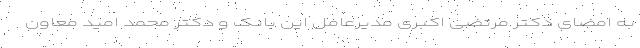
به امضای دکتر مرتضی اکبری مدیرعامل این بانک و دکتر محمد امید معاون